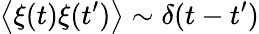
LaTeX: \left<\xi(t)\xi(t^{\prime})\right>\sim\delta(t-t^{\prime})